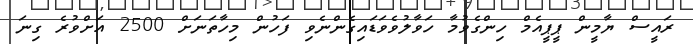
ރައީސް ޔާމީން ޕީޕީއެމް ހިންގެވުމާ ހަވާލުވެވަޑައިގެންނެވި ފަހުން މިހާތަނަށް 2500 އަށްވުރެ ގިނަ